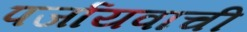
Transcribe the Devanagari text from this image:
पर्जायवाची